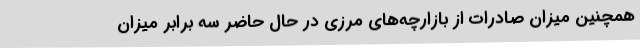
همچنین میزان صادرات از بازارچه‌های مرزی در حال حاضر سه برابر میزان